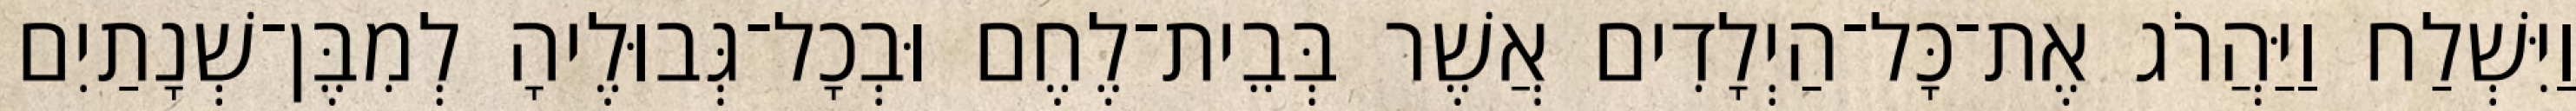
וַיִּשְׁלַח וַיַּהֲרֹג אֶת־כָּל־הַיְלָדִים אֲשֶׁר בְּבֵית־לֶחֶם וּבְכָל־גְּבוּלֶיהָ לְמִבֶּן־שְׁנָתַיִם